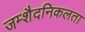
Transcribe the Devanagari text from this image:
जम्‍शैदनिकलता